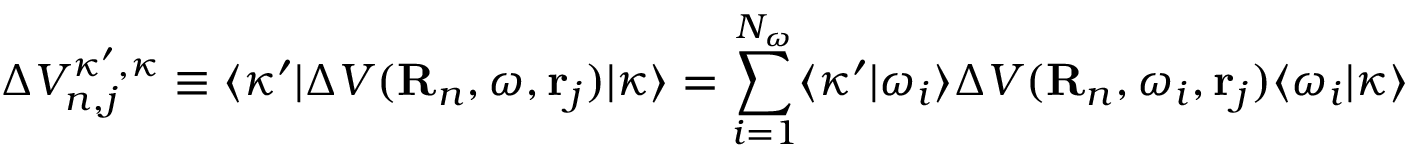
\Delta V _ { n , j } ^ { \kappa ^ { \prime } , \kappa } \equiv \langle \kappa ^ { \prime } | \Delta V ( { \bf R } _ { n } , \omega , { \bf r } _ { j } ) | \kappa \rangle = \sum _ { i = 1 } ^ { N _ { \omega } } \langle \kappa ^ { \prime } | \omega _ { i } \rangle \Delta V ( { \bf R } _ { n } , \omega _ { i } , { \bf r } _ { j } ) \langle \omega _ { i } | \kappa \rangle